Civil Veterinary Department. Madras. Admin. report 1926-33 - 1926-1933
Year: 1926
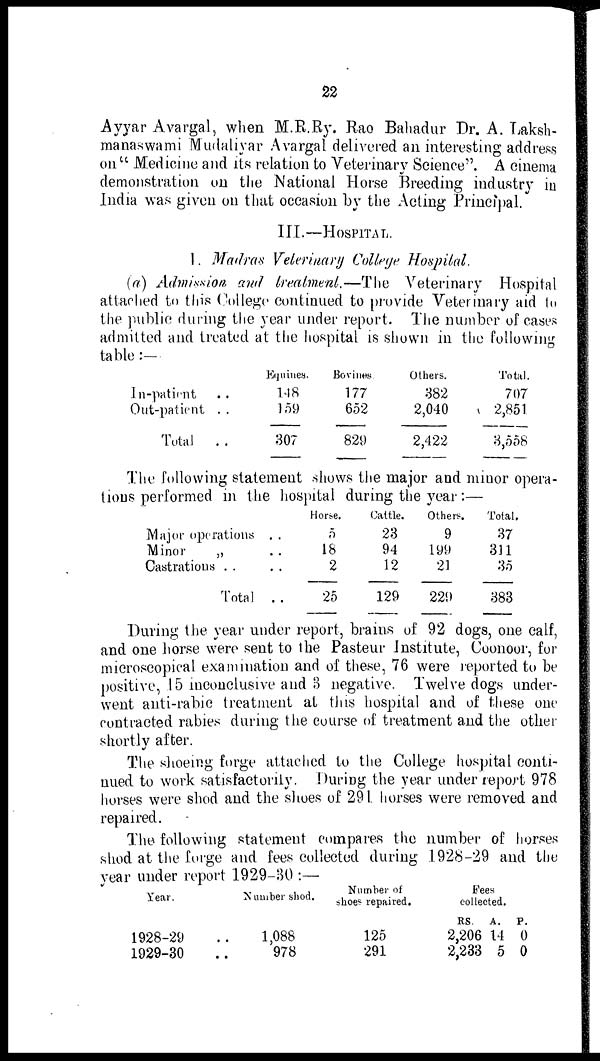
22
Ayyar Avargal, when M.R.Ry. Rao Bahadur Dr. A. Laksh-
manaswami Mudaliyar Avargal delivered an interesting address
on "Medicine and its relation to Veterinary Science". A cinema
demonstration on the National Horse Breeding industry in
India was given on that occasion by the Acting Principal.
III.—HOSPITAL.
1. Madras Veterinary College Hospital.
(a) Admission, and treatment.—The Veterinary Hospital
attached to this College continued to provide Veterinary aid to
the public during the year under report. The number of cases
admitted and treated at the hospital is shown in the following
table:—
In-patient ..
Out-patient ..
Total
..
Equines.
148
1,59
307
Bovines.
177
652
829
Others.
382
2,040
2,422
Total.
707
2,851
3,558
The following statement shows the major and minor opera-
tions performed in the hospital during the year:—
Major operations ..
Minor
„ ..
Castrations .. ..
Total ..
Horse.
5
18
2
25
Cattle.
23
94
12
129
Others.
9
199
21
229
Total.
37
311
35
383
During the year under report, brains of 92 dogs, one calf,
and one horse were sent to the Pasteur Institute, Coonoor, for
microscopical examination and of these, 76 were reported to be
positive, 15 inconclusive and 3 negative. Twelve dogs under-
went anti-rabic treatment at this hospital and of these one
contracted rabies during the course of treatment and the other
shortly after.
The shoeing forge attached to the College hospital conti-
nued to work satisfactorily. During the year under report 978
horses were shod and the shoes of 291. horses were removed and
repaired.
The following statement compares the number of horses
shod at the forge and fees collected during 1928-29 and the
Year under report 1929-30:—
Year.
1928-29
1929-30
Number shod.
1,088
978
Number of
shoes repaired.
125
291
Fees
collected.
RS. A. P.
2,206 14 0
2,233 5 0